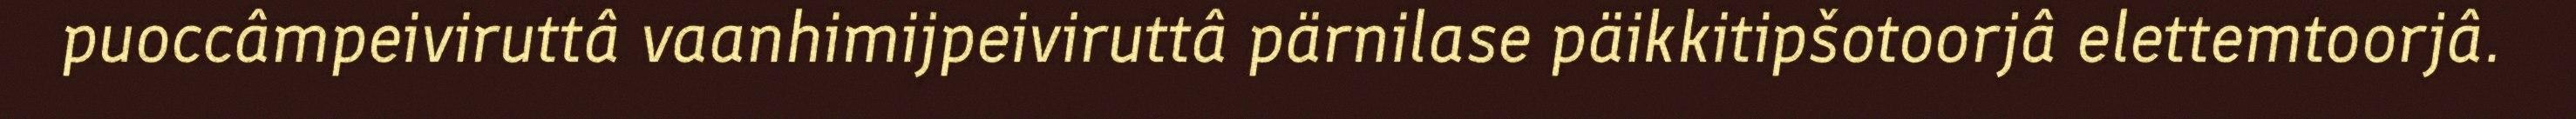
puoccâmpeiviruttâ vaanhimijpeiviruttâ pärnilase päikkitipšotoorjâ elettemtoorjâ.